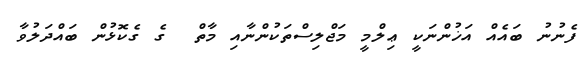
ފެނުނު ބައެއް އަޚުންނަކީ ޢިލްމީ މަޖްލިސްތަކުންނާއި މާތް  ގެ ގެކޮޅުން ބައްދަލުވާ